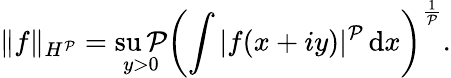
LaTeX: \| f\| _{H^{\mathcal{P}}}=\operatorname*{su\mathcal{P}}_{y>0}\left(\int|f(x+iy)|^{\mathcal{P}}\, \mathrm{{d}}x\right)^{\frac{{1}}{{\mathcal{P}}}}.